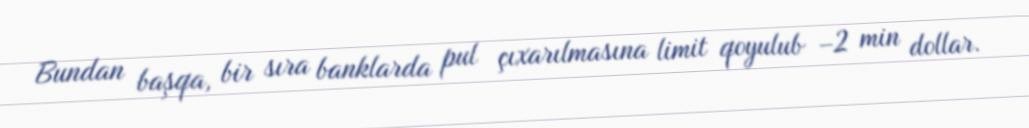
Bundan başqa, bir sıra banklarda pul çıxarılmasına limit qoyulub –2 min dollar.